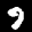
Label: 9